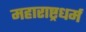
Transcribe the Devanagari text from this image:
महाराष्ट्रधर्म